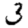
Digit: 3